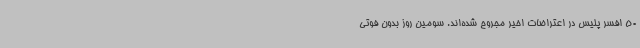
50 افسر پلیس در اعتراضات اخیر مجروح شده‌اند. سومین روز بدون فوتی